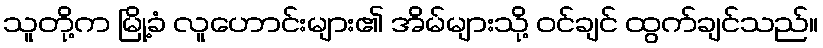
သူတို့က မြို့ခံ လူဟောင်းများ၏ အိမ်များသို့ ဝင်ချင် ထွက်ချင်သည်။